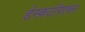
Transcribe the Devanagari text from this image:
डेस्कटॉपएक्स